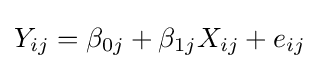
Y_{ij}=\beta _{0j}+\beta _{1j}X_{ij}+e_{ij}